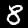
Digit: 8